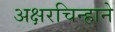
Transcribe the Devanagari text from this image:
अक्षरचिन्हाने